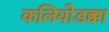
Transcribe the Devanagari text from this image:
कलियोडक्का